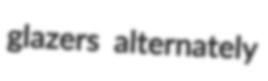
glazers alternately